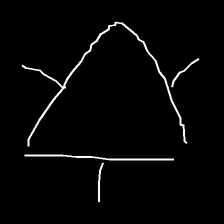
Glyph: fire